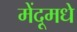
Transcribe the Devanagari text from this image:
मेंदूमधे